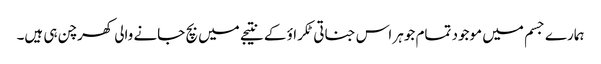
ہمارے جسم میں موجود تمام جوہر اس جناتی ٹکراؤ کے نتیجے میں بچ جانے والی کھرچن ہی ہیں۔